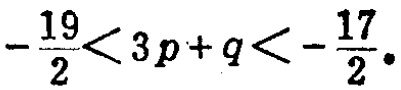
\(-\frac{19}{2}<3p + q<-\frac{17}{2}.\)